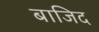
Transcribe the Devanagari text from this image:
बाजिद